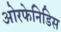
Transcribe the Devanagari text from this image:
ओरफेनिडिस